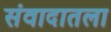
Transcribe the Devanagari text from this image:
संवादातला